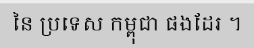
នៃ ប្រទេស កម្ពុជា ផងដែរ ។